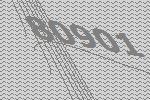
80901